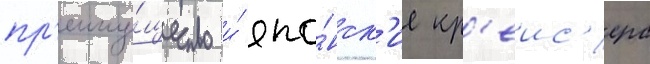
пр'еиму́щество и́ япо́нск'ие кр'еис'ера